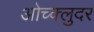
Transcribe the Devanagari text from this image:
ओच्क्लुदर